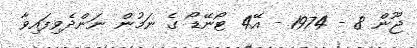
ޖޫން 8 - 1974 - އޭ4 ޓޯނޭޑޯ ގެ ނަމުން ނަންދެވިފައިވާ